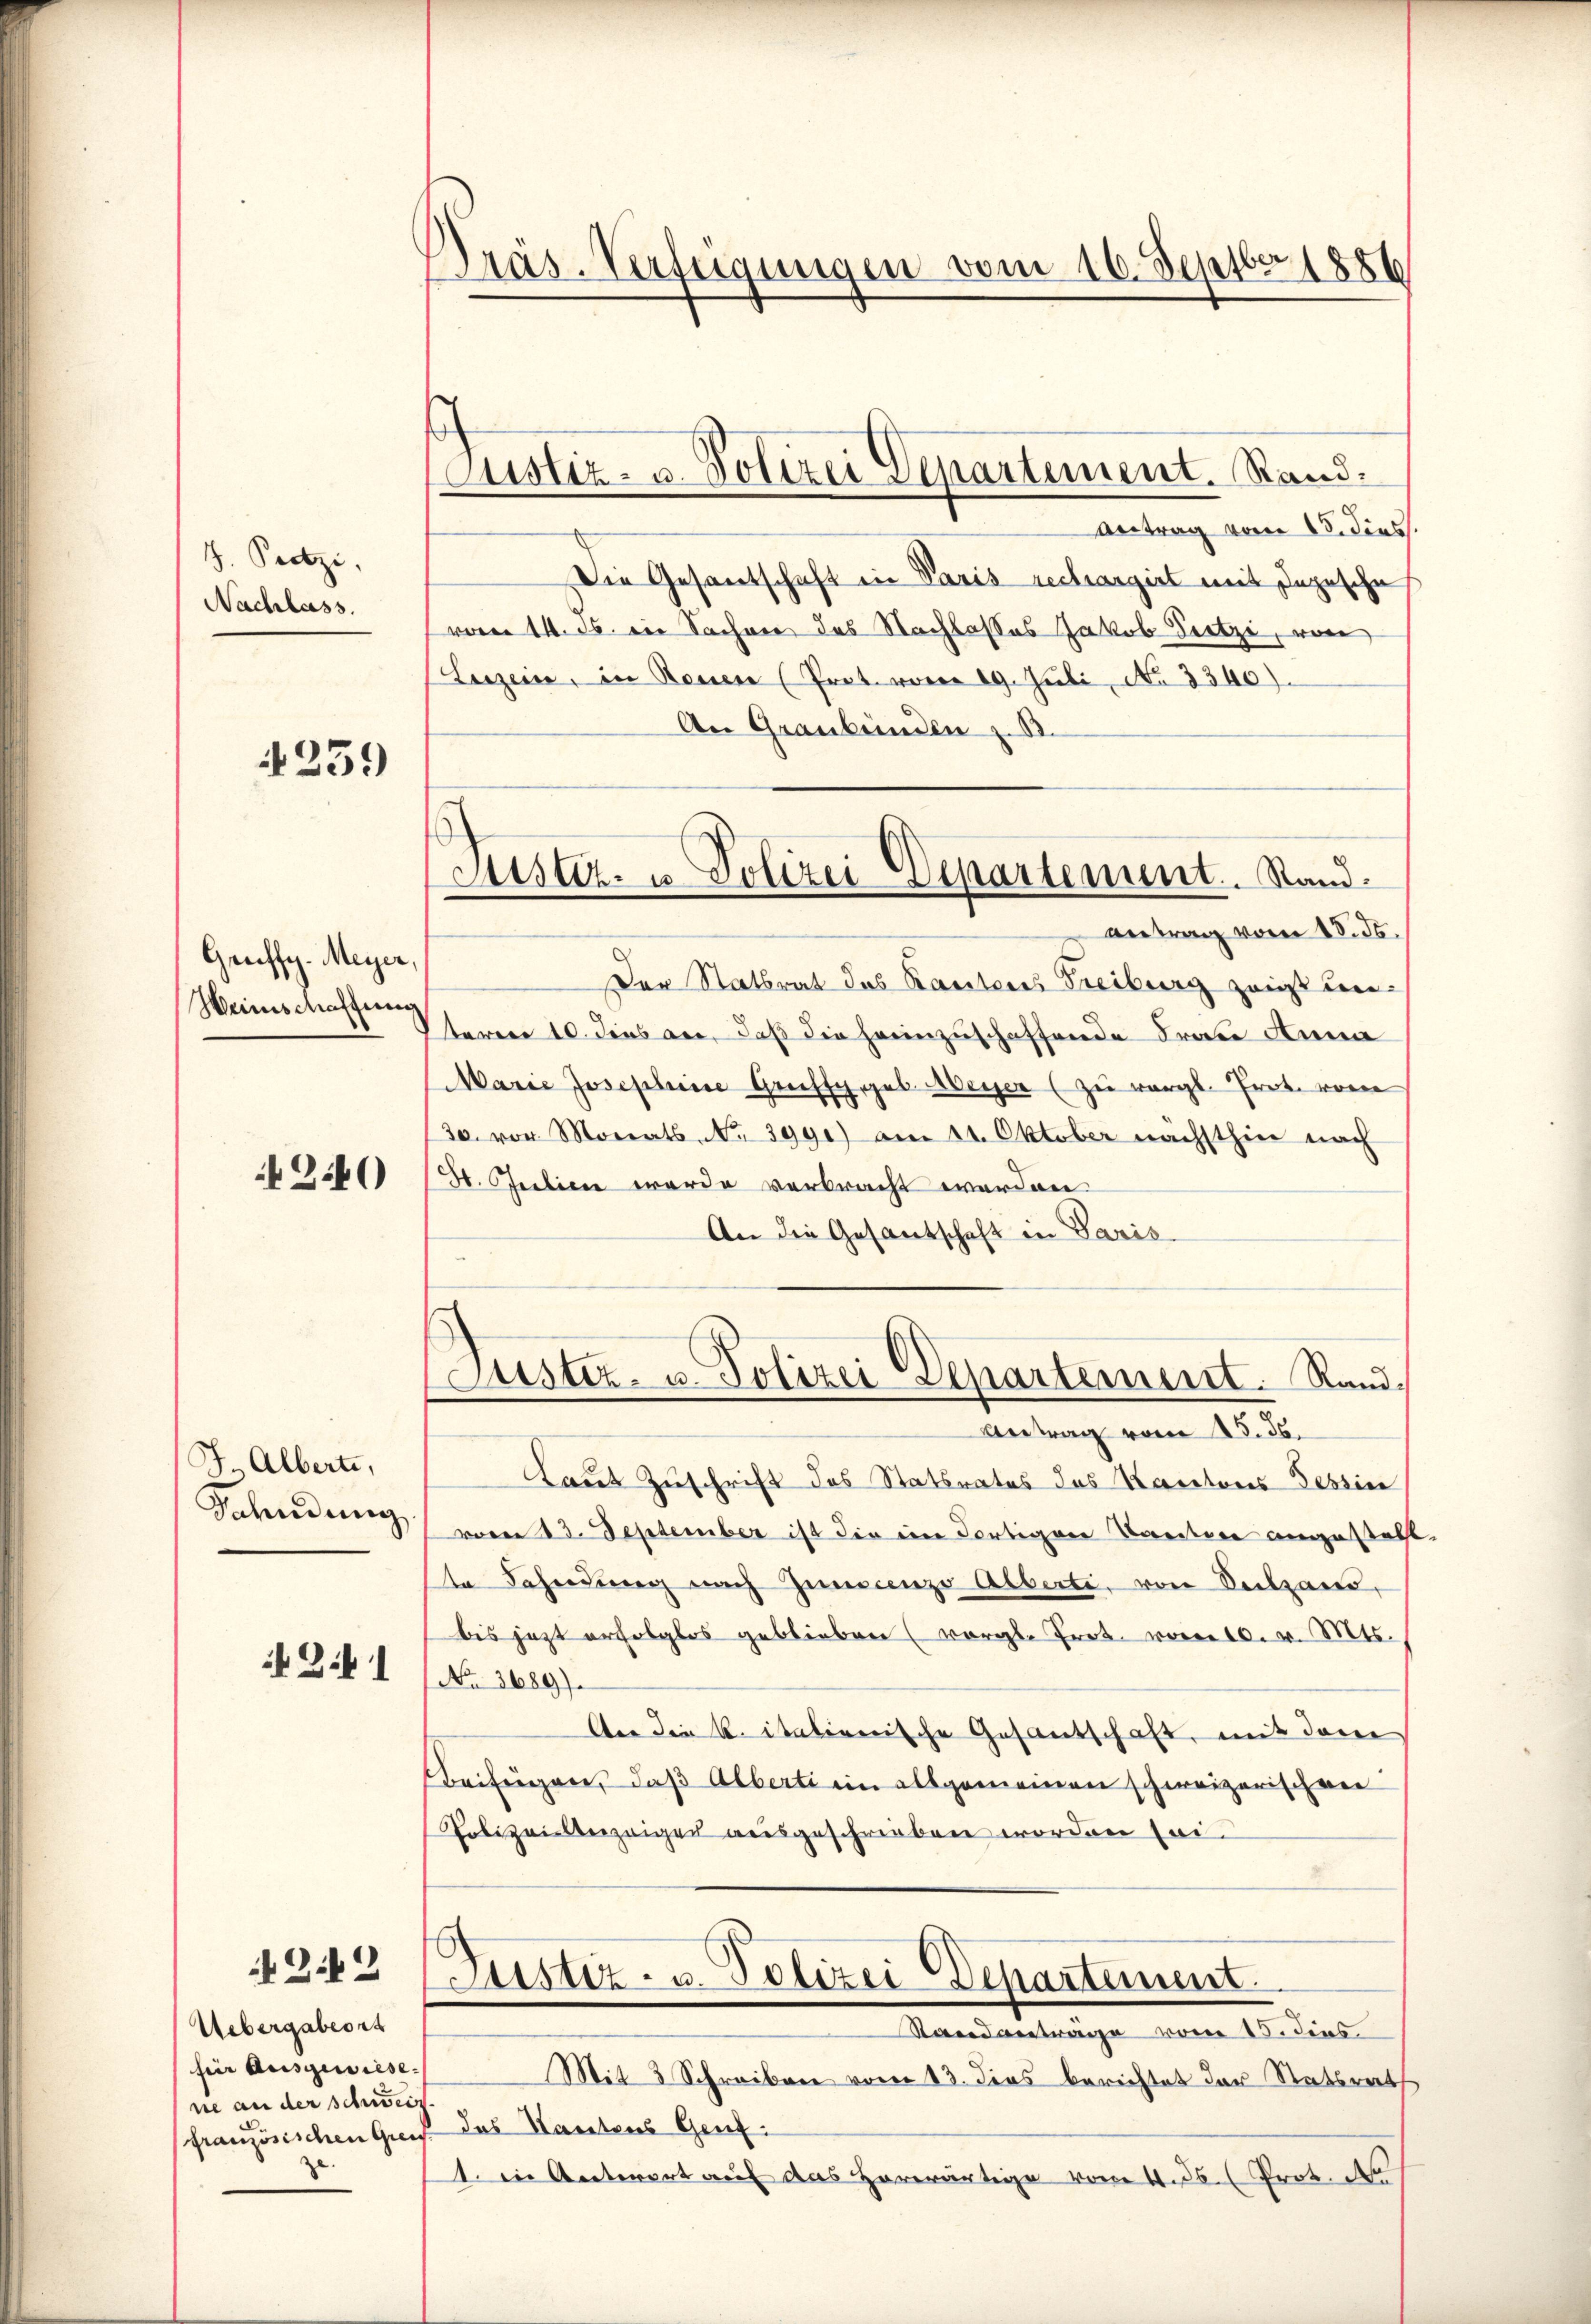
J. Protzi,
Nachlass.

4259

Genffy-Meyer
Weinschaffen

3.40

J. Alberte,
Saendung
241

242

Uebergabeort
fier Ausgewiese
ne an der schweiz.
französischen Greif

Dräs-Verfeigungen vom 16. Septbr 1886

Custiz- u. Polizei Departement. Rand:

Puster- u Polizei-Departement. Sandantrag vom 18. ds.

Antrag vom 15. dies
Die Gesantschaft in Paris rechargiel mit Depesche
vom 14. ds. die Sacher des Nachlasses Jakob Leetze, von
Leizeine, in Rouen (Prot. waren 19. Juli, No 3340).
An Graubünden z. B.
Der Statsrat des Kantons Freiburg zeigt un-
teren 10. dies an, daß die heimzuschaffende Frau Anna
Marie Josephine Greiffy, geb. Meyer (zu vergl. Prot. von
30. vor. Monats No 3990) am 11. Oktober nächsthin nach
H. Julien werde verbracht werden
An die Gesantschaft in Paris
Justiz- u. Polizei Departement. Rand
Antrag vom 15. ds.
Laut Zuschrift des Statsrates das Kantons Tessin
vom 13. September ist die ein Fortigen Kantone angestatt
te Fahndung nach Juncenzo Alberti, von Seilzaus,
bis jezt erfolglos geblieben (vergl. Prot. vom 10. v. Mts.
No 3689).
An die k. italienische Gesantschaft, mit dem
Beifügen, daß Alberti im allgemeinen schweizerischen
Polizeilberzeiger ausgeschrieben worden sei.
b
Justiz- u. Polizei Departement.
Stand anträge vom 15. dies
Mit 3 Schreiben vom 13. dies berichtet der Statsrath
das Kantons Genz¬
1. in Unterert auf das Horwärtige vom 4. 36 (Prot. d